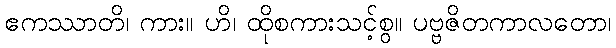
ဧကဿာတိ၊ ကား။ ဟိ၊ ထိုစကားသင့်စွ။ ပဗ္ဗဇိတကာလတော၊